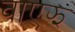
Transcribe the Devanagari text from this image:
वाएझ